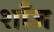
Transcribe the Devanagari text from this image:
शाँज